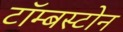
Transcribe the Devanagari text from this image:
टॉम्बस्टोन